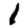
Digit: 1